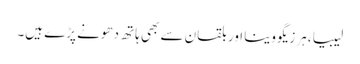
لیبیا، ہرزیگووینا اور بلقان سے بھی ہاتھ دھونے پڑے ہیں۔